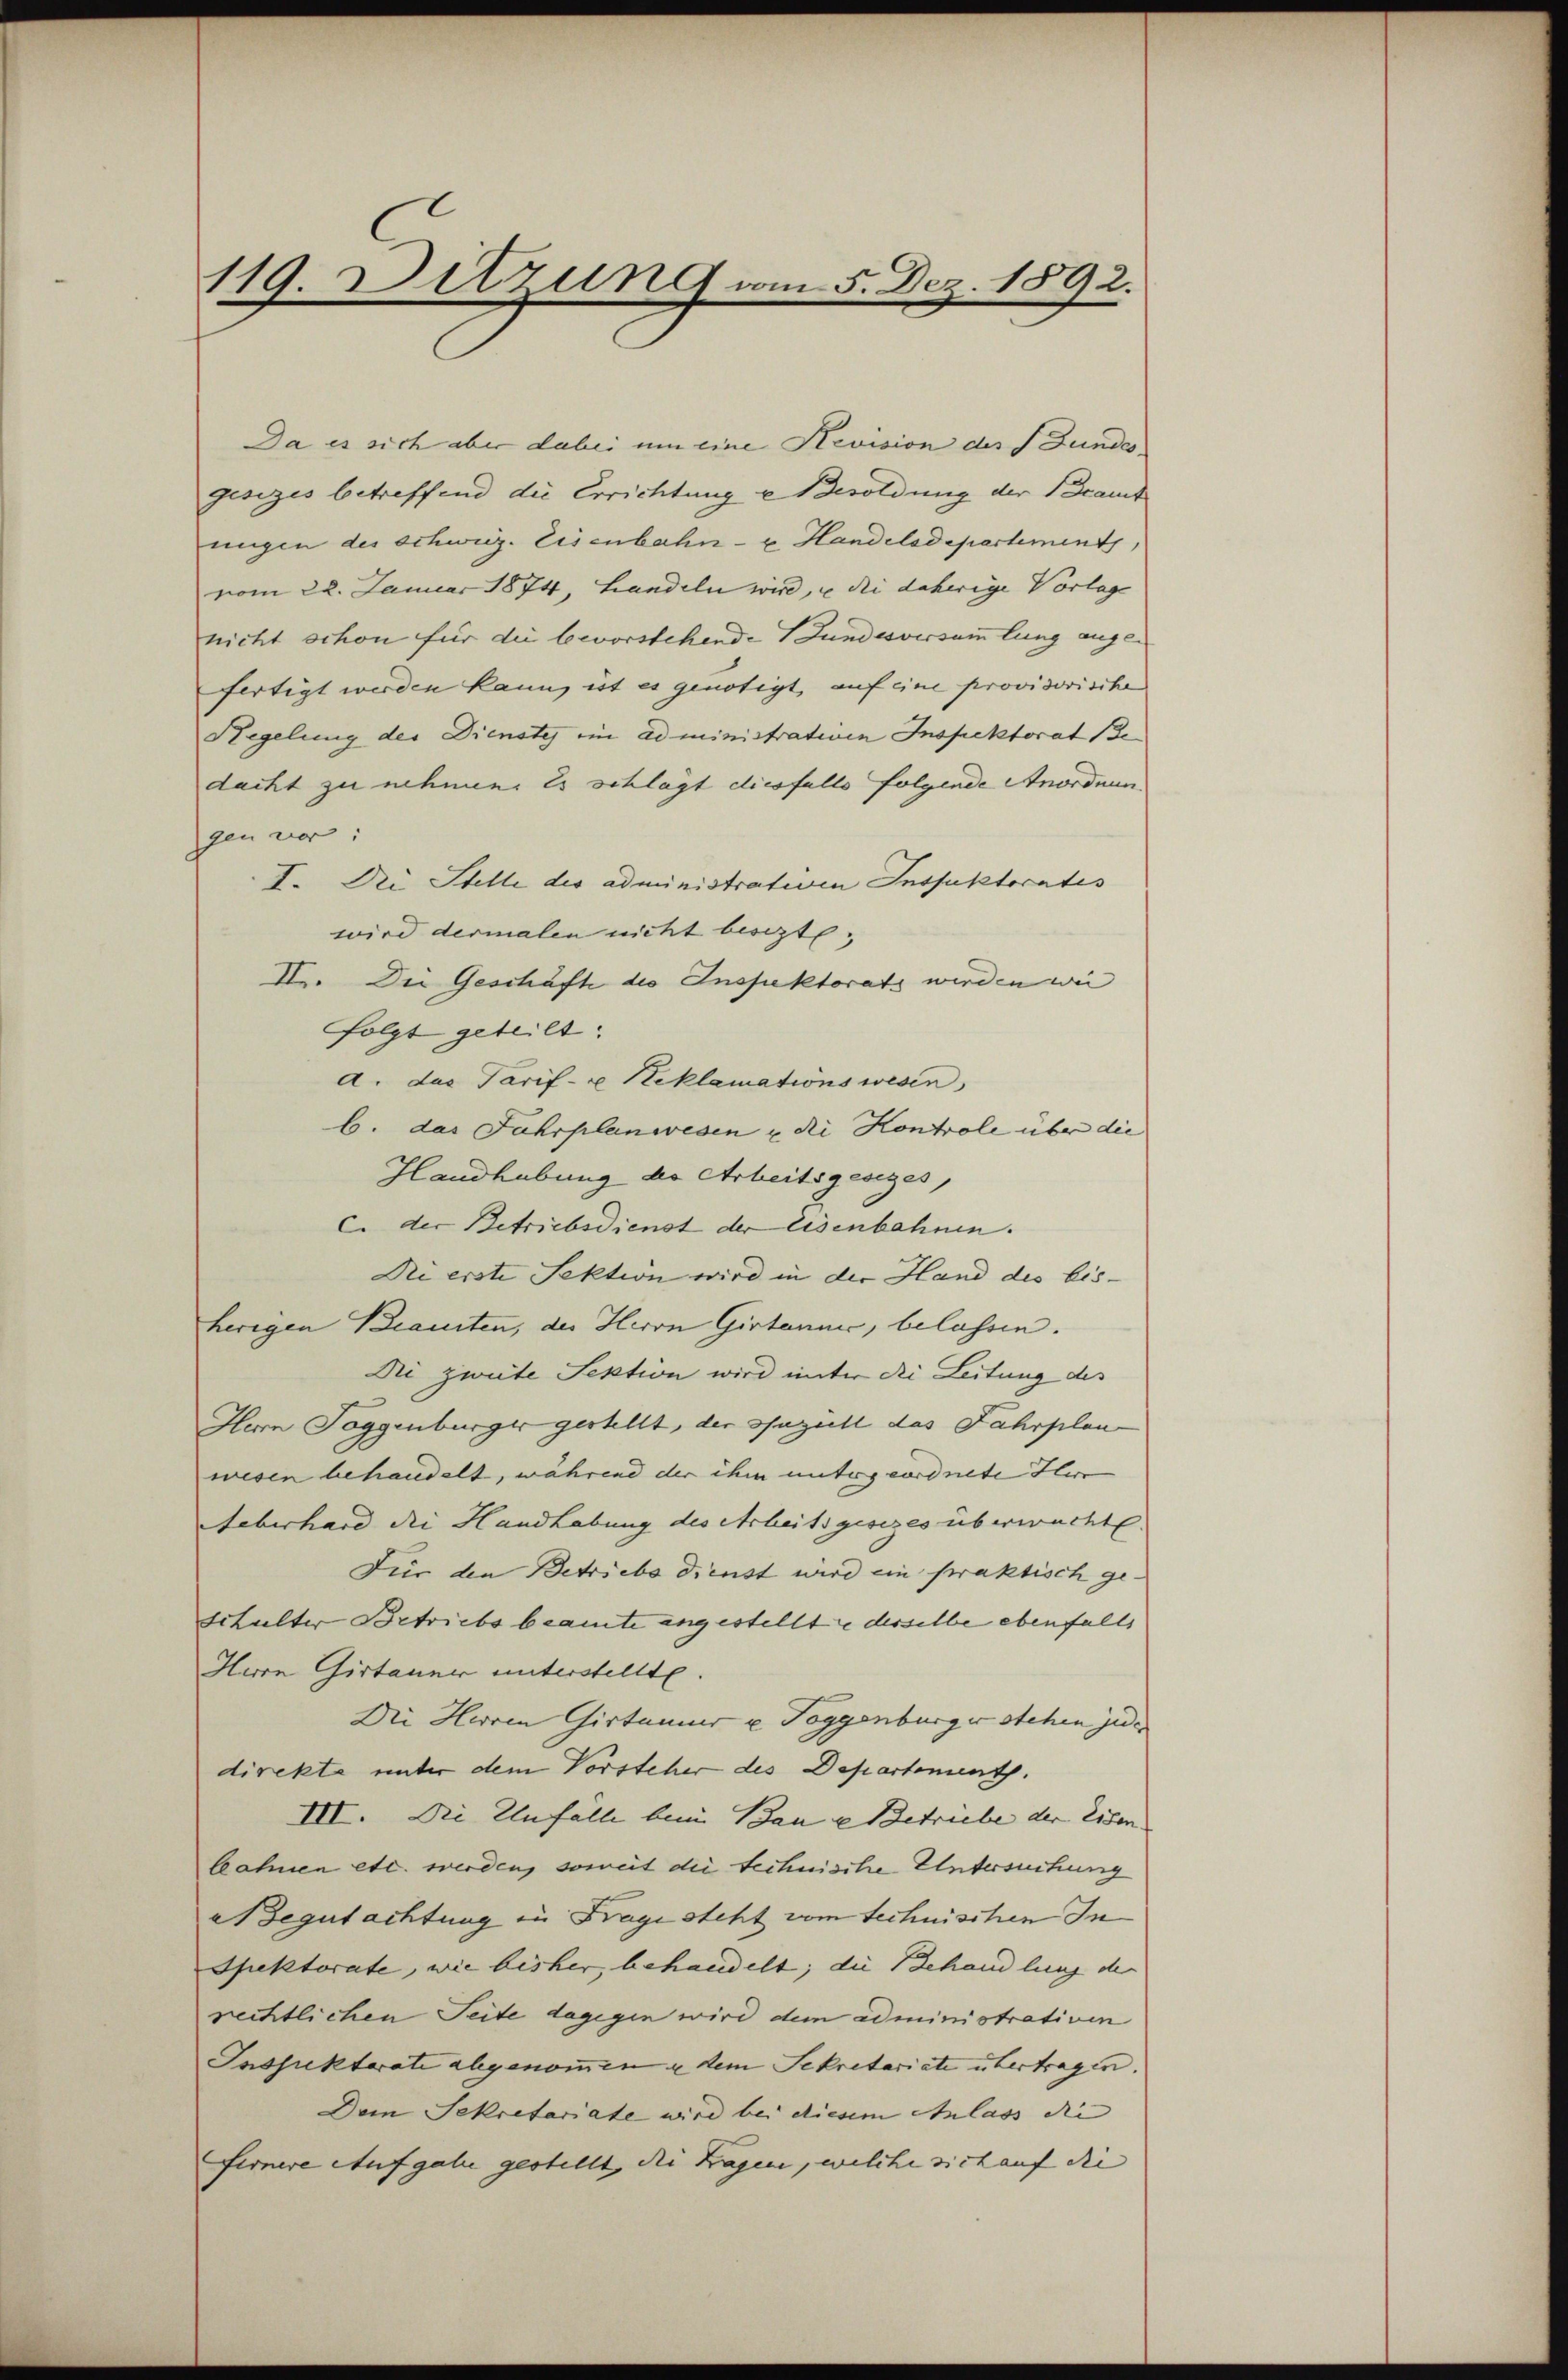
119. Ditzung vom 5. Dez. 1892.

Da es sich aber dabei um eine Revision der Bundesgesizes betreffend die Errichtung u Besoldung der Beamt
ungen des schweiz. Eisenbahn- u. Handelsdepartement,
vom 22. Januar 1874, Handeln wird, u die daherige Vorlage
nicht schon für die bevorstehende Bundesversammlung angefertigt werden kann, ist es genötigt, auf eine provisorische
Hegelung der Dienstes ein administrativen Inspektorat Bedacht zu nehmen. Es schlägt diesfalls folgende Anordnungen vor:
I. Die Stelle des administrativen Inspektoratis
wird dermalen nicht besizt,
II. Die Geschäft des Inspektorats werden wie
folgt geteilt.
d. das Tarif- u Reklamations wesen
b. das Jahrplanwesen u. di Kontrole über die
Handhabung die Arbeitsgesezes
C. der Betriebsdienst der Eisenbahnen.
Di erste Sektion wird in der Hand des bisherigen Beamten, der Herrn Girtanni, belassen.
Ni zweite Sektion wird unter die Leitung des
Herrn Toggenburger gestellt, der speziell das Fahrplan-
wesen behandelt, während der ihm untergeordnete Herr
Ueberhard die Handhabung des Arbeitsgesezes überwachte
Für den Betriebe dienst wird ein praktisch ge-
schulter Betriebs beamte angestellte desselbe ebenfalls
Hern Girtanne unterstellte.
Die Herren Girtaner u Toggenburger stehen jede
direkte unter dem Vorsteher des Departement.
III. Die Unfälle beim Bau u Betriebe der Eisen |
bahnen etc. werden, soweit die technische Untersuchung
Begutachtung in Fragisteht vom technischen In
Spektorate, wie bisher, behandelt; die Behandlung der
rechtlichen Seite dagegen wird dem administrativen
Inspektorate abgenommen u dem Sekretariate übertragen.
Dem Sekretariate wird bei diesem Anlass die
fernere Aufgabe gestellt, die Fragen, welche sich auf die